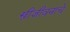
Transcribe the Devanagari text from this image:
स्त्रीजीवनाचे